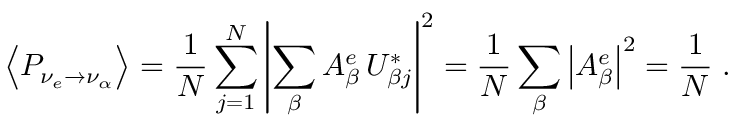
\left\langle P _ { \nu _ { e } \to \nu _ { \alpha } } \right\rangle = { \frac { 1 } { N } } \sum _ { j = 1 } ^ { N } \left| \sum _ { \beta } A _ { \beta } ^ { e } \, U _ { { \beta } j } ^ { * } \right| ^ { 2 } = { \frac { 1 } { N } } \sum _ { \beta } \left| A _ { \beta } ^ { e } \right| ^ { 2 } = { \frac { 1 } { N } } \; .